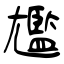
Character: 尷